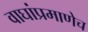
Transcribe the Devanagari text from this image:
वाघांप्रमाणेच